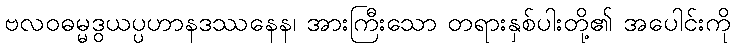
ဗလဝဓမ္မဒွယပ္ပဟာနဒဿနေန၊ အားကြီးသော တရားနှစ်ပါးတို့၏ အပေါင်းကို